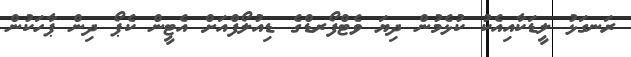
ރަނގަޅު ލީޑަކާއިއެކު ކުޅެމުން ދިޔަ ވެޓްފޯރޑްގެ ޑިއުލޯފްއަށް އެޓީން ކެޕޯ ދިން ޕާހަކުން